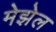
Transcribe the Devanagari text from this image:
मेझेल